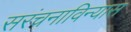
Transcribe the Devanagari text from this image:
सरंचनाविन्यास